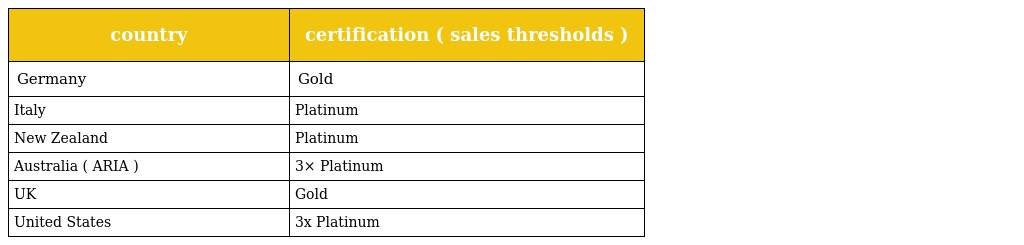
| country | certification ( sales thresholds ) |
 | --- | --- |
 | Germany | Gold |
 | Italy | Platinum |
 | New Zealand | Platinum |
 | Australia ( ARIA ) | 3× Platinum |
 | UK | Gold |
 | United States | 3x Platinum |